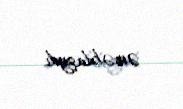
əməkdaşıydı.